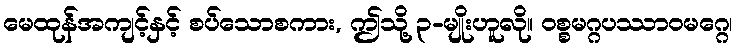
မေထုန်အကျင့်နှင့် စပ်သောစကား, ဤသို့ ၃-မျိုးဟူလို။ ဝစ္စမဂ္ဂပဿာဝမဂ္ဂေ၊